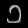
Digit: ၁